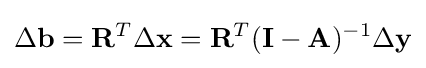
\Delta \mathbf {b} =\mathbf {R} ^{T}\Delta \mathbf {x} =\mathbf {R} ^{T}(\mathbf {I-A} )^{-1}\Delta \mathbf {y}